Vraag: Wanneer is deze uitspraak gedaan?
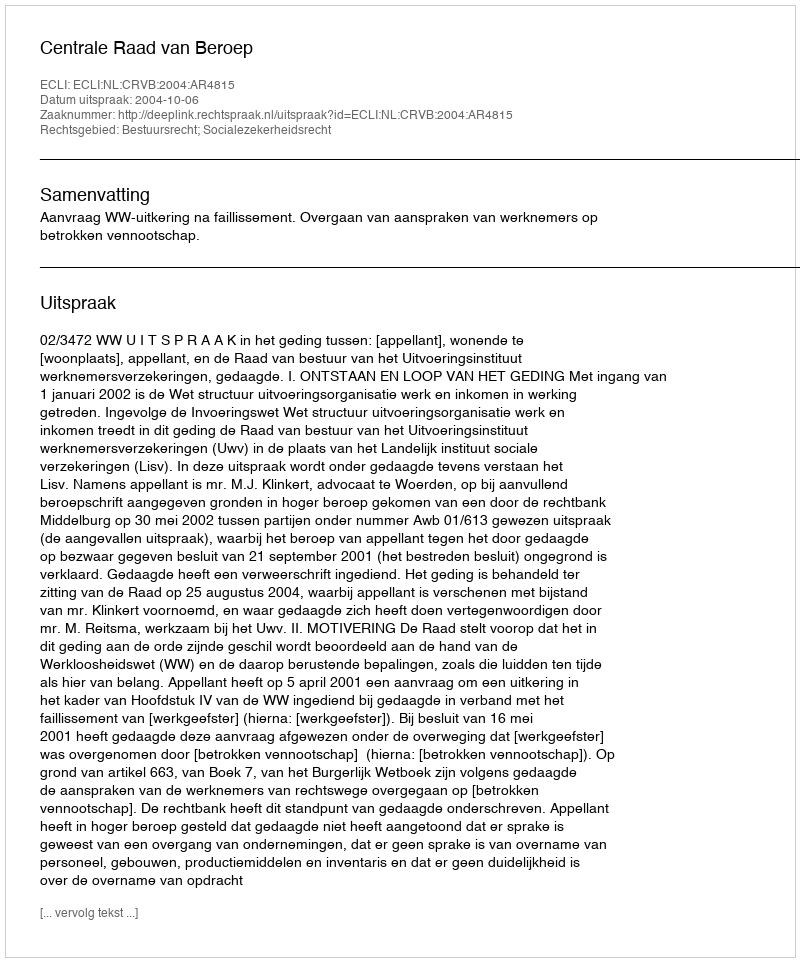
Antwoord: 2004-10-06